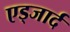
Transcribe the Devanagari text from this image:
एड्जार्द